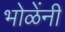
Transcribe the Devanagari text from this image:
भोळेंनी